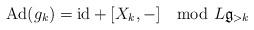
LaTeX: \begin{align*}{\rm Ad}(g_{k})={\rm id}+[X_{k},-] \mod L\mathfrak{g}_{>k}\end{align*}